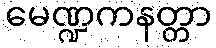
မေဏ္ဍကနတ္တာ